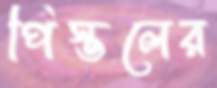
পিস্তলের